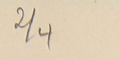
4/2